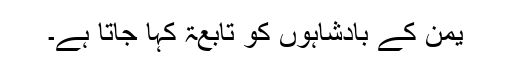
یمن کے بادشاہوں کو تَابِعَۃ کہا جاتا ہے۔